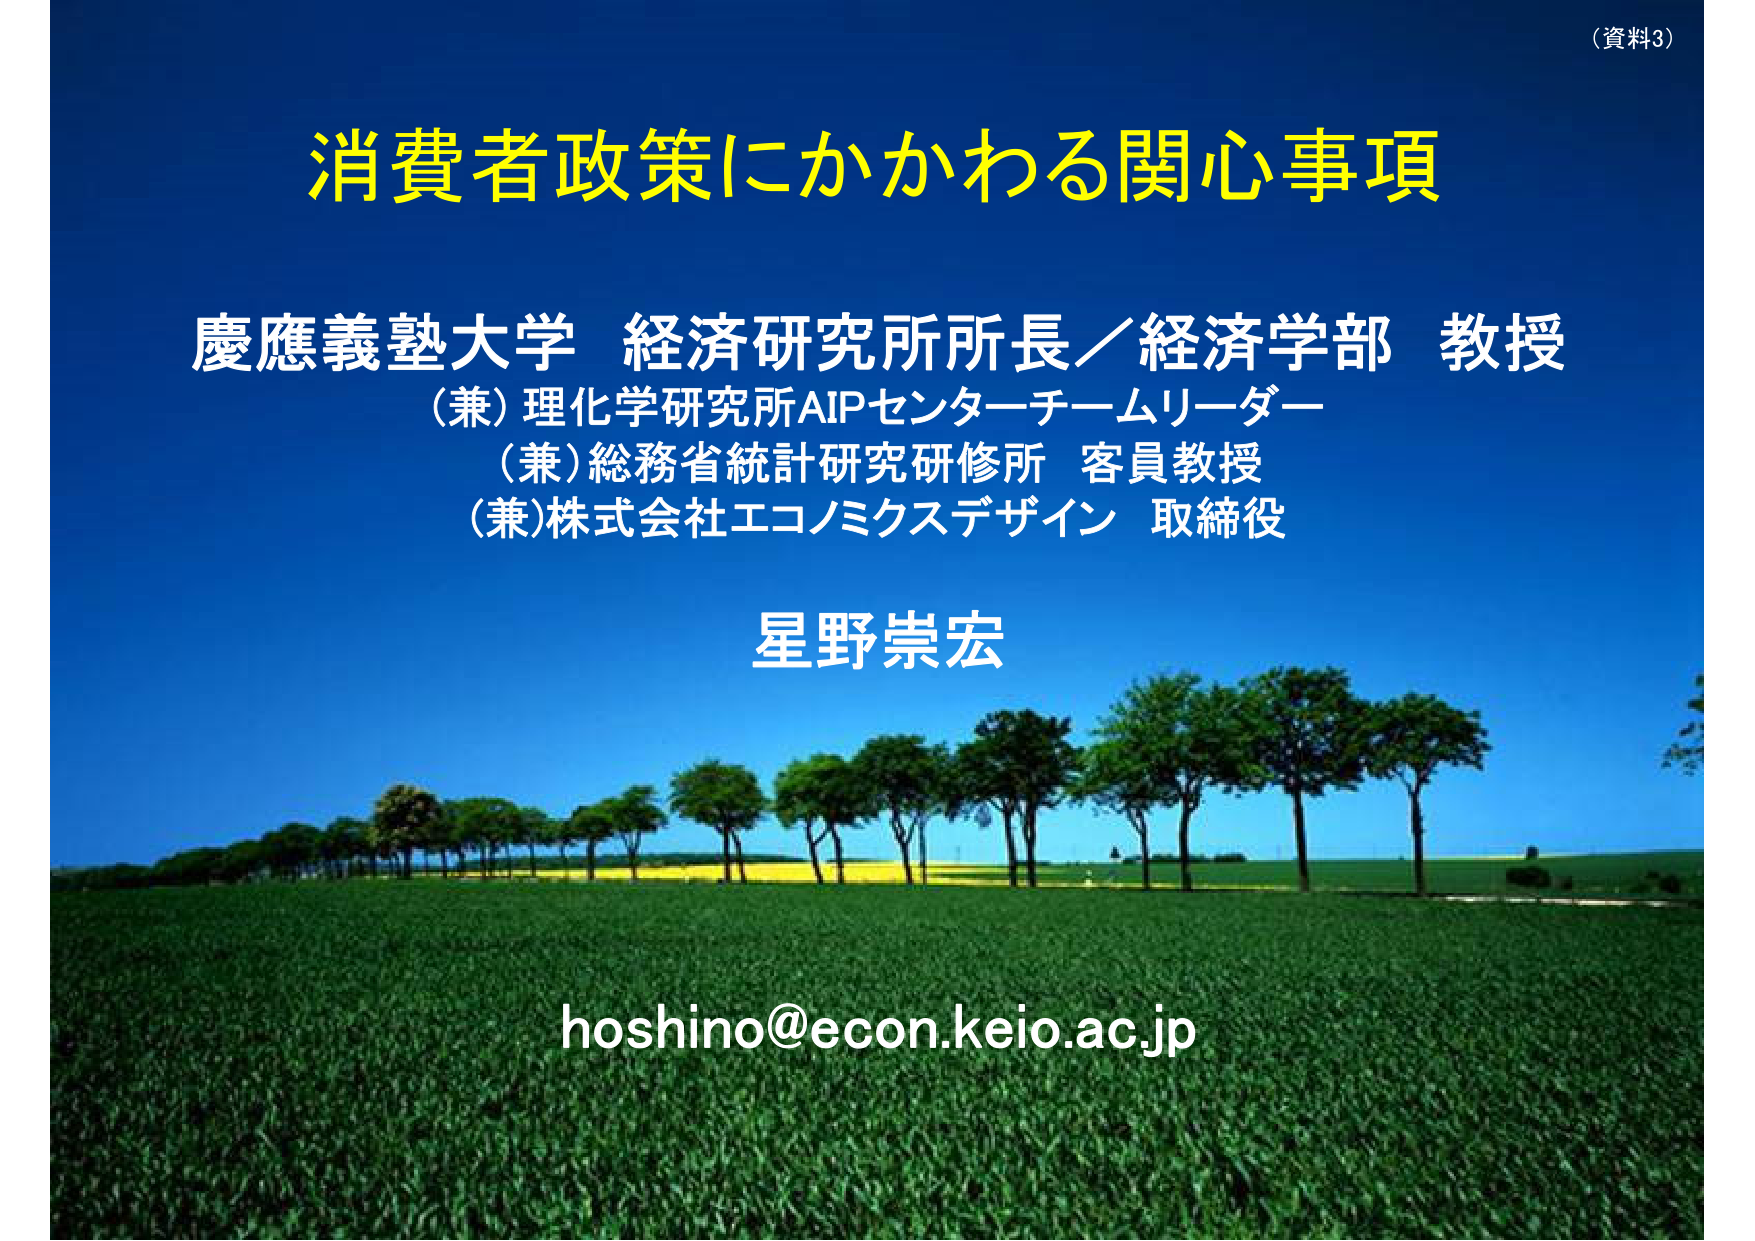
（資料3）

消費者政策にかかわる関心事項

慶應義塾大学 経済研究所所長／経済学部 教授
（兼）理化学研究所AIPセンター チームリーダー
（兼）総務省統計研究研修所 客員教授
（兼）株式会社エコノミクスデザイン 取締役

星野崇宏

hoshino@econ.keio.ac.jp